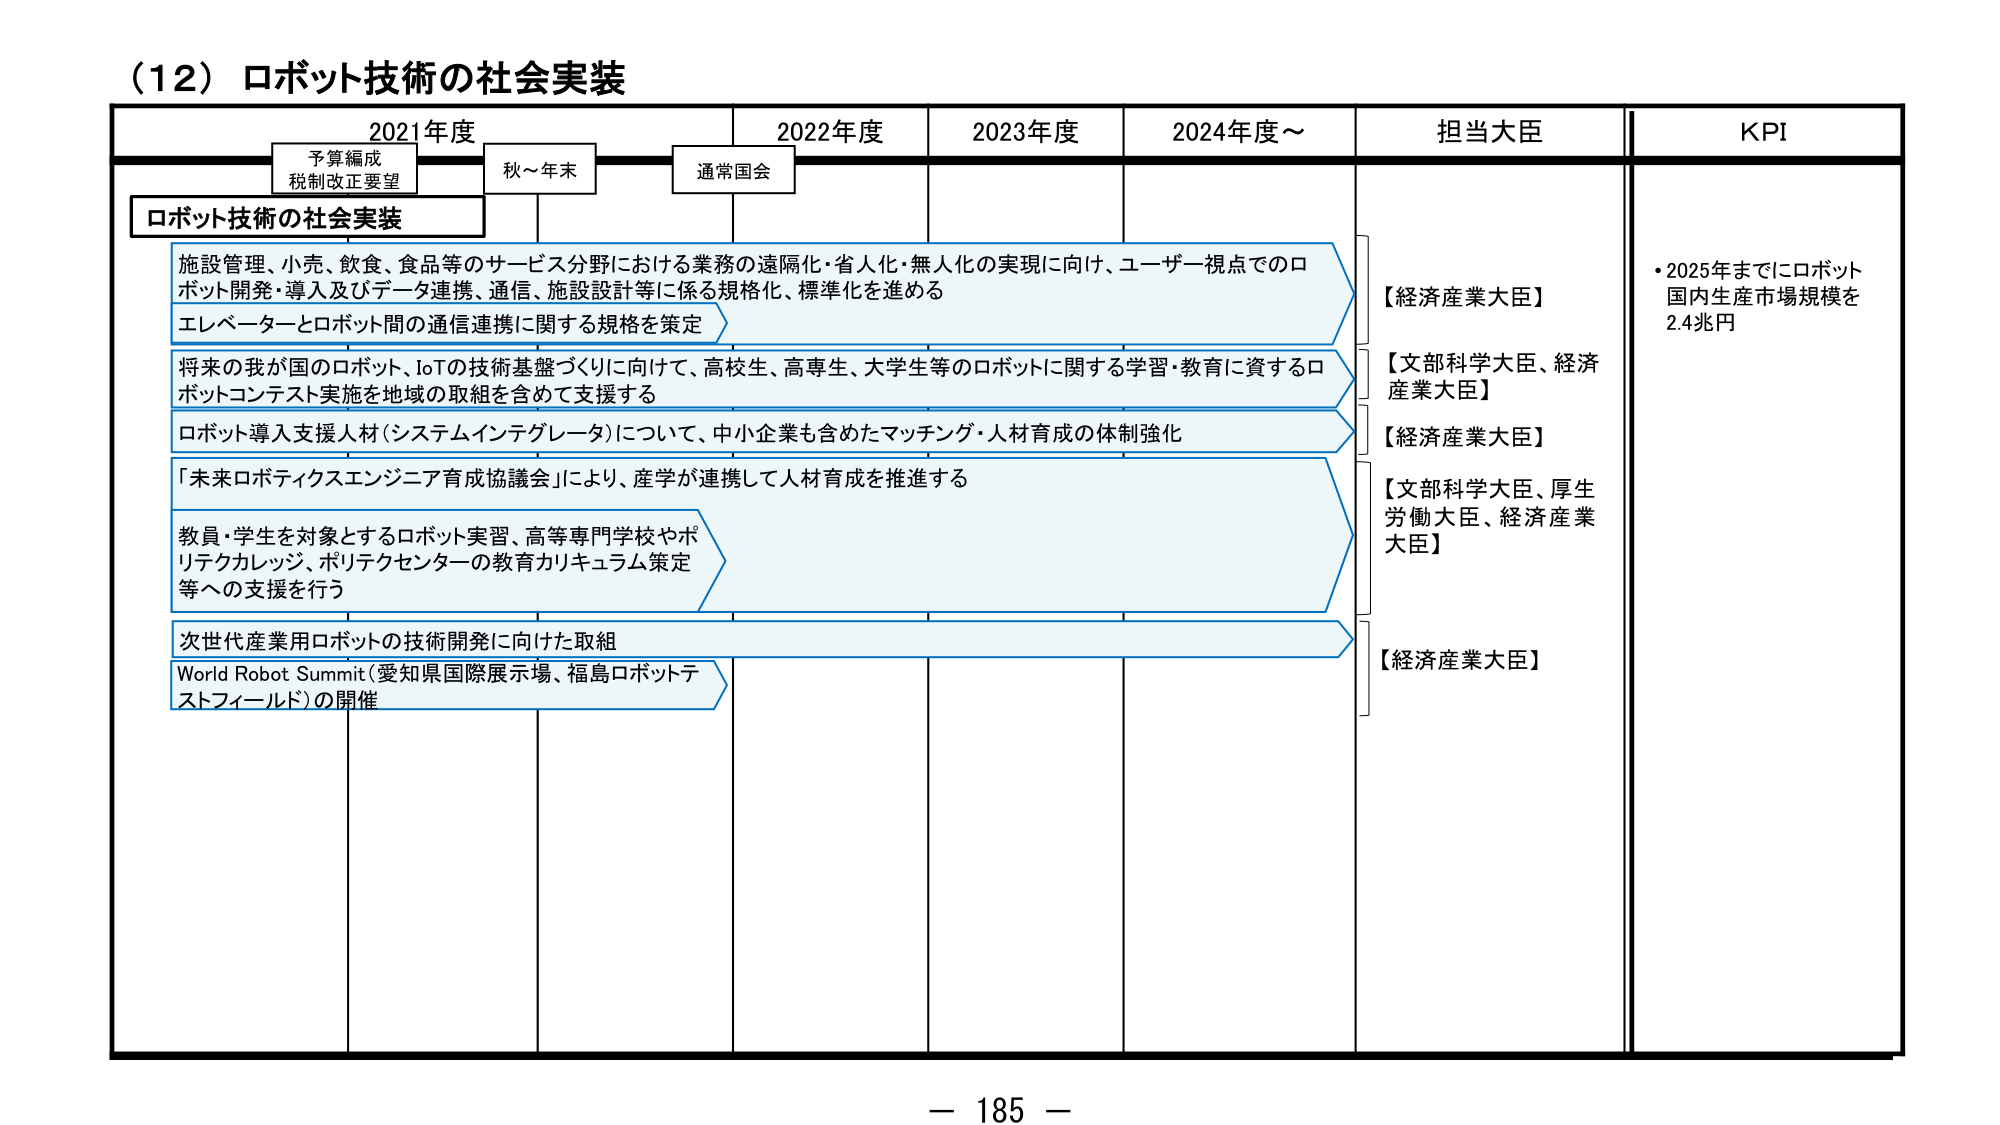
（12）ロボット技術の社会実装

2021年度　　　　　2022年度　　　　　2023年度　　　　　2024年度～

予算編成
税制改正要望　　　秋～年末　　　　　通常国会

ロボット技術の社会実装

施設管理、小売、飲食、食品等のサービス分野における業務の遠隔化・省人化・無人化の実現に向け、ユーザー視点でのロボット開発・導入及びデータ連携、通信、施設設計等に係る規格化、標準化を進める
エレベーターとロボット間の通信連携に関する規格を策定

将来の我が国のロボット、IoTの技術基盤づくりに向けて、高校生、高専生、大学生等のロボットに関する学習・教育に資するロボットコンテスト実施を地域の取組を含めて支援する

ロボット導入支援人材（システムインテグレータ）について、中小企業も含めたマッチング・人材育成の体制強化

「未来ロボティクスエンジニア育成協議会」により、産学が連携して人材育成を推進する

教員・学生を対象とするロボット実習、高等専門学校やポリテクカレッジ、ポリテクセンターの教育カリキュラム策定等への支援を行う

次世代産業用ロボットの技術開発に向けた取組

World Robot Summit（愛知県国際展示場、福島ロボットテストフィールド）の開催

担当大臣

【経済産業大臣】
【文部科学大臣、経済産業大臣】
【経済産業大臣】
【文部科学大臣、厚生労働大臣、経済産業大臣】
【経済産業大臣】

KPI

・2025年までにロボット国内生産市場規模を2.4兆円

－ 185 －